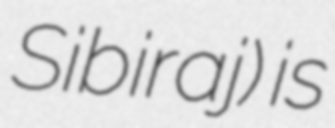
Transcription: Sibiraj) is